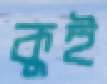
কুই